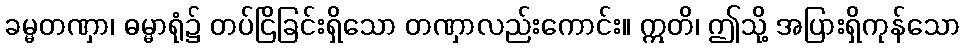
ခမ္မတဏှာ၊ ဓမ္မာရုံ၌ တပ်ငြိခြင်းရှိသော တဏှာလည်းကောင်း။ ဣတိ၊ ဤသို့ အပြားရှိကုန်သော